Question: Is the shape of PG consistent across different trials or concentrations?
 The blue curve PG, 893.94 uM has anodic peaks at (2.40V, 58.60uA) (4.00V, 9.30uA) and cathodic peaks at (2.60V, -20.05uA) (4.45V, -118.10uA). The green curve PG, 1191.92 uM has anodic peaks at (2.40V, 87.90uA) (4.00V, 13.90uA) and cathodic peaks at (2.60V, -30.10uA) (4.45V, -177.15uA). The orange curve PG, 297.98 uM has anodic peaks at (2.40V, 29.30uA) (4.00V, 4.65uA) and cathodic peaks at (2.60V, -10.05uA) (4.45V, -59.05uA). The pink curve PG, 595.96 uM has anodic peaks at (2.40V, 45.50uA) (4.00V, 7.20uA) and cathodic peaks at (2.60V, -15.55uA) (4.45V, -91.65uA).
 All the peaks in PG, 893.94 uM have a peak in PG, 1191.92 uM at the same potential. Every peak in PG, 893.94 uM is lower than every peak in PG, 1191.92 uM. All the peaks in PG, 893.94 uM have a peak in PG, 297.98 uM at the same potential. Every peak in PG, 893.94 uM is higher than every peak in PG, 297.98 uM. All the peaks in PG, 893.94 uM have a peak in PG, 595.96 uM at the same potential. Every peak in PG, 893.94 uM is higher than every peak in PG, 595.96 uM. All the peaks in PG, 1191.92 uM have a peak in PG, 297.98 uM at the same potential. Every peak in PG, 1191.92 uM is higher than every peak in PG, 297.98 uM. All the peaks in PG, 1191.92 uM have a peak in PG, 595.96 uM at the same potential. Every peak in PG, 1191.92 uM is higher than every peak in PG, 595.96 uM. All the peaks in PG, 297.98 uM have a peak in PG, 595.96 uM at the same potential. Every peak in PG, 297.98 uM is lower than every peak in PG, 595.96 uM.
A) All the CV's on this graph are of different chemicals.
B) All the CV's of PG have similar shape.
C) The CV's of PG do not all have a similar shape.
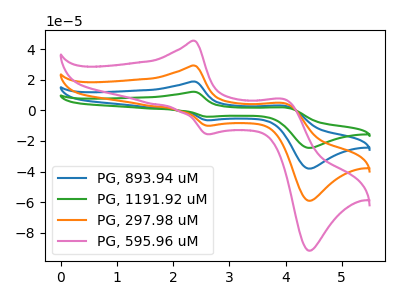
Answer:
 <answer>B) All the CV's of "PG" have similar shape.</answer>
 <eval>B</eval>